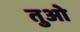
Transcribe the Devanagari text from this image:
तुओ